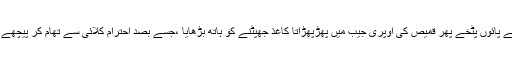
‘‘ مہرو نے پائوں پٹخے پھر قمیص کی اوپری جیب میں پھڑپھڑاتا کاغذ جھپٹنے کو ہاتھ بڑھایا ،جسے بصدِ احترام کلائی سے تھام کر پیچھے ہٹا دیاگیا۔